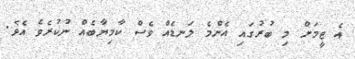
އެ ޓީމަށް މި ބުރުގައި އެންމެ ލަނޑެއް ވެސް ކާމިޔާބެއް ނުކުރެވެ އެވެ.